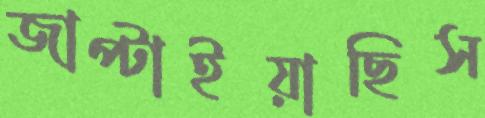
জাপ্‌টাইয়াছিস